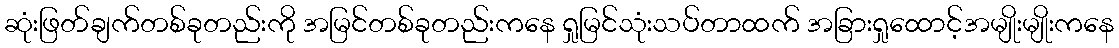
ဆုံးဖြတ်ချက်တစ်ခုတည်းကို အမြင်တစ်ခုတည်းကနေ ရှုမြင်သုံးသပ်တာထက် အခြားရှုထောင့်အမျိုးမျိုးကနေ